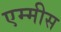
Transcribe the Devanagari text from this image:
एम्मीस